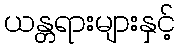
ယန္တရားများနှင့်